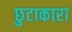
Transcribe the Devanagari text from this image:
छुटाकारा